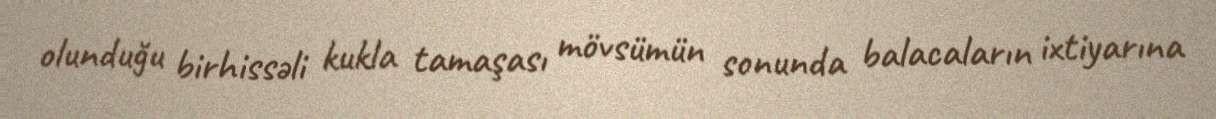
olunduğu birhissəli kukla tamaşası mövsümün sonunda balacaların ixtiyarına